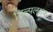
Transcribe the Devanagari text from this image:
शिल्पलक्षण